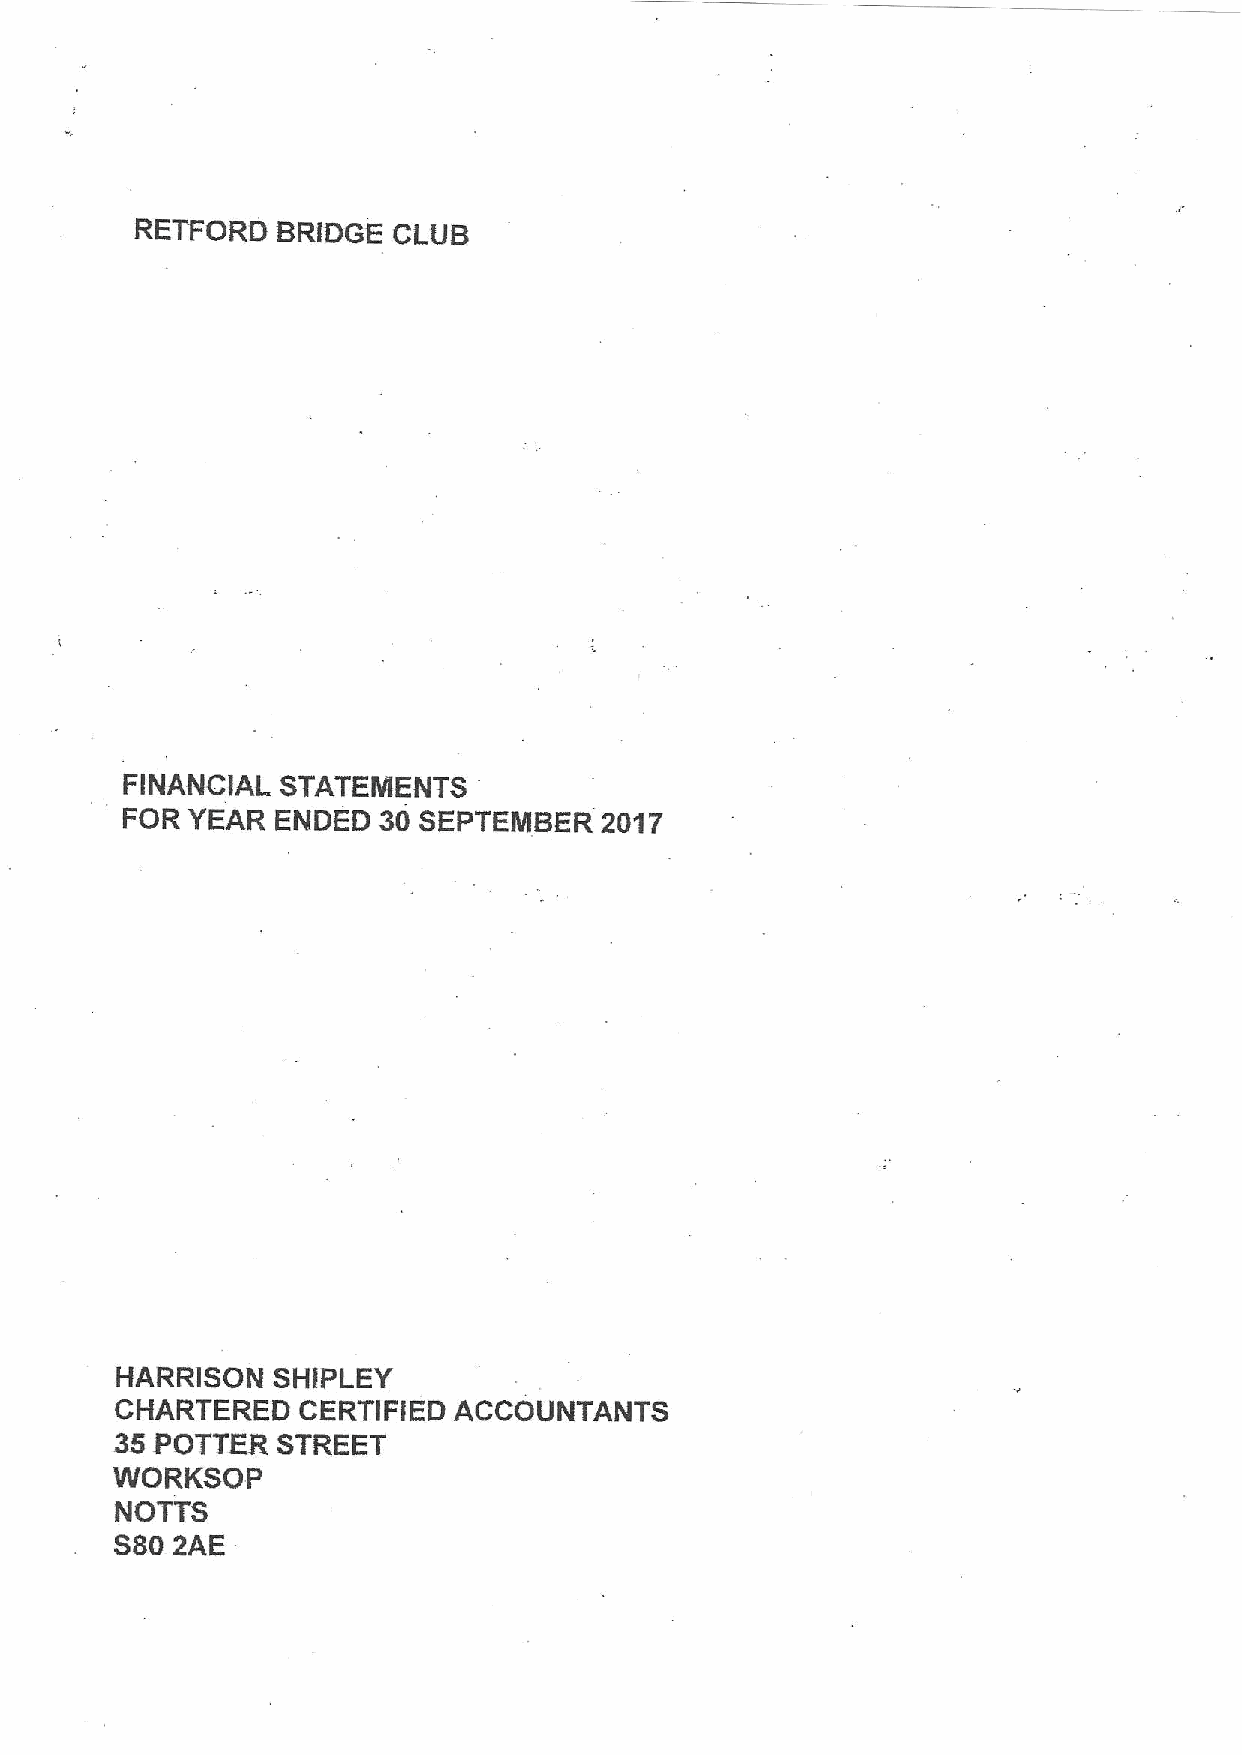
RETFORD  BRIDGE  Cl UB
 FINANCIAL  STATEMENTS
 FOR YEAR  ENDED  30 SEPTEMBER   2017
 HARRISON  SKIPLEY
 CHARTERED   CERTIFIED ACCOUNTANTS
 35POTTER  STREET
 WORKSOP
 NOTTS
 S802AE